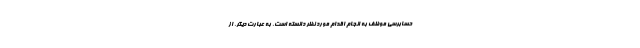
حسابرسی موظف به انجام اقدام مورد نظر دانسته است. به عبارت دیگر، از